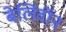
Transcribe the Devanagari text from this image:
बेलिवॉन